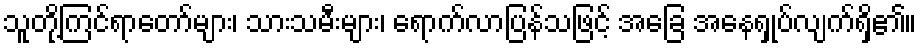
သူတို့ကြင်ရာတော်များ၊ သားသမီးများ၊ ရောက်လာပြန်သဖြင့် အခြေ အနေရှုပ်လျက်ရှိ၏။